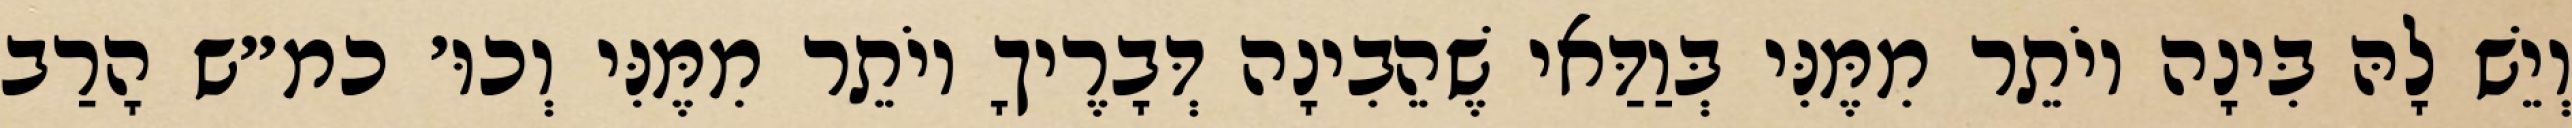
וְיֵשׁ לָהּ בִּינָה יוֹתֵר מִמֶּנִּי בְּוַדַּאי שֶׁהֵבִינָה דְּבָרֶיךָ יוֹתֵר מִמֶּנִּי וְכוּ׳ כמ״ש הָרַב